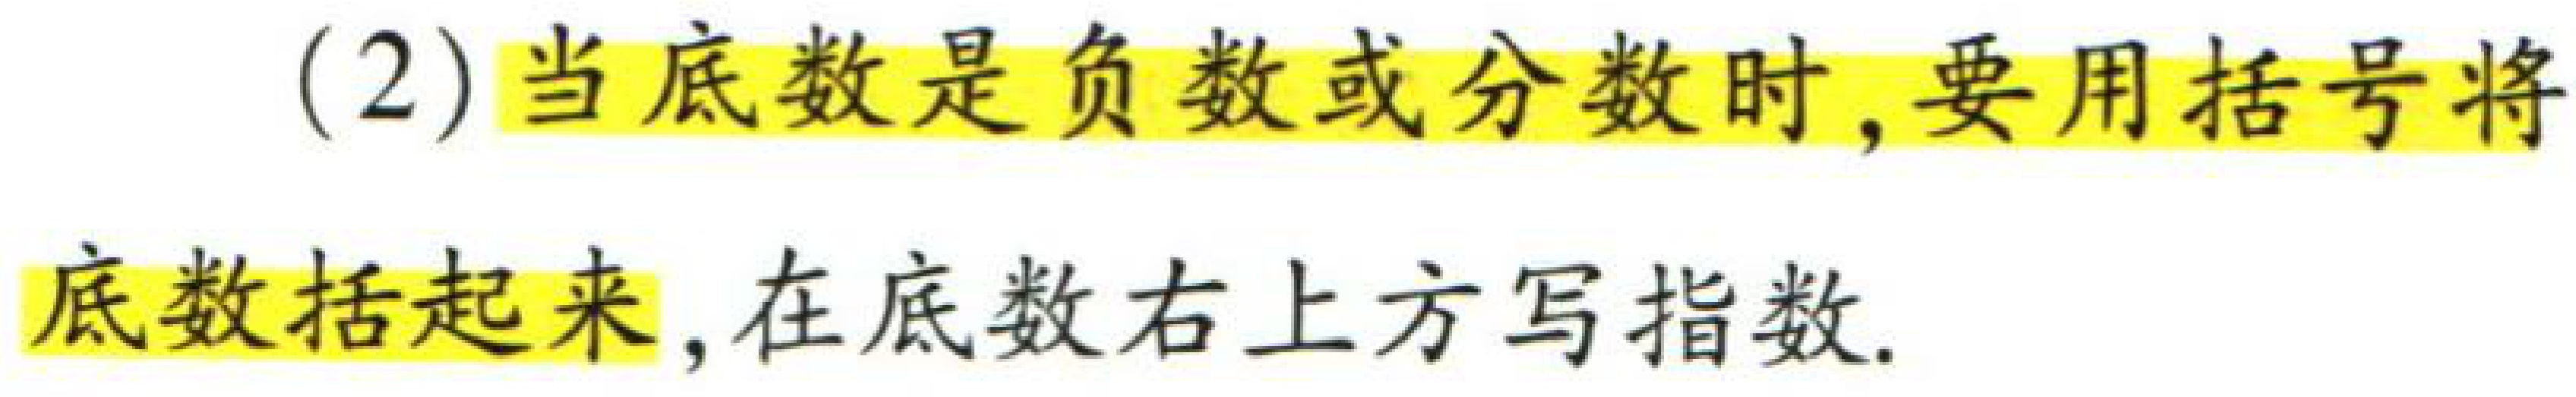
(2) 当底数是负数或分数时, 要用括号将底数括起来, 在底数右上方写指数.